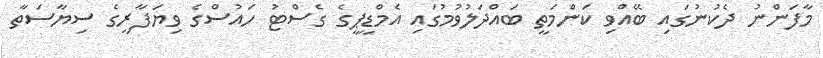
މާފަންނު ދެކުނުގައި ބޭއްވި ކަންމަތީ ބައްދަލުވުމުގައި އެމްޑީޕީގެ ގެސްޓު ހައުސްގެ ވިޔަފާރީގެ ސިޔާސަތާ